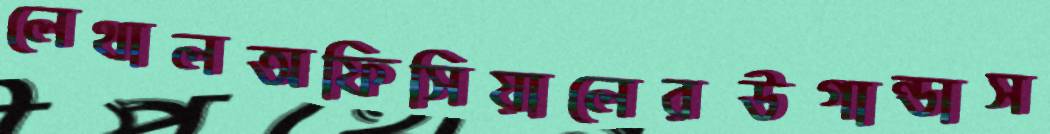
লেথালঅফিসিয়ালেরউগান্ডাস